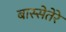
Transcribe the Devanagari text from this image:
बास्सेतेरे